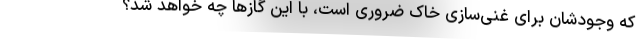
که وجودشان برای غنی‌سازی خاک ضروری است، با این گازها چه خواهد شد؟